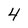
Character: 4